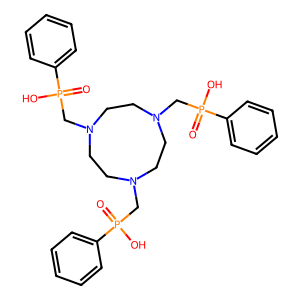
SMILES: O=P(O)(CN1CCN(CP(=O)(O)c2ccccc2)CCN(CP(=O)(O)c2ccccc2)CC1)c1ccccc1
Inhibits HIV replication: No